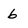
Character: 6